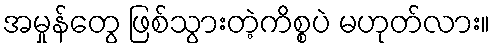
အမှုန်တွေ ဖြစ်သွားတဲ့ကိစ္စပဲ မဟုတ်လား။